Eesti_Vabariigi_Tartu_Ulikool, lk 45
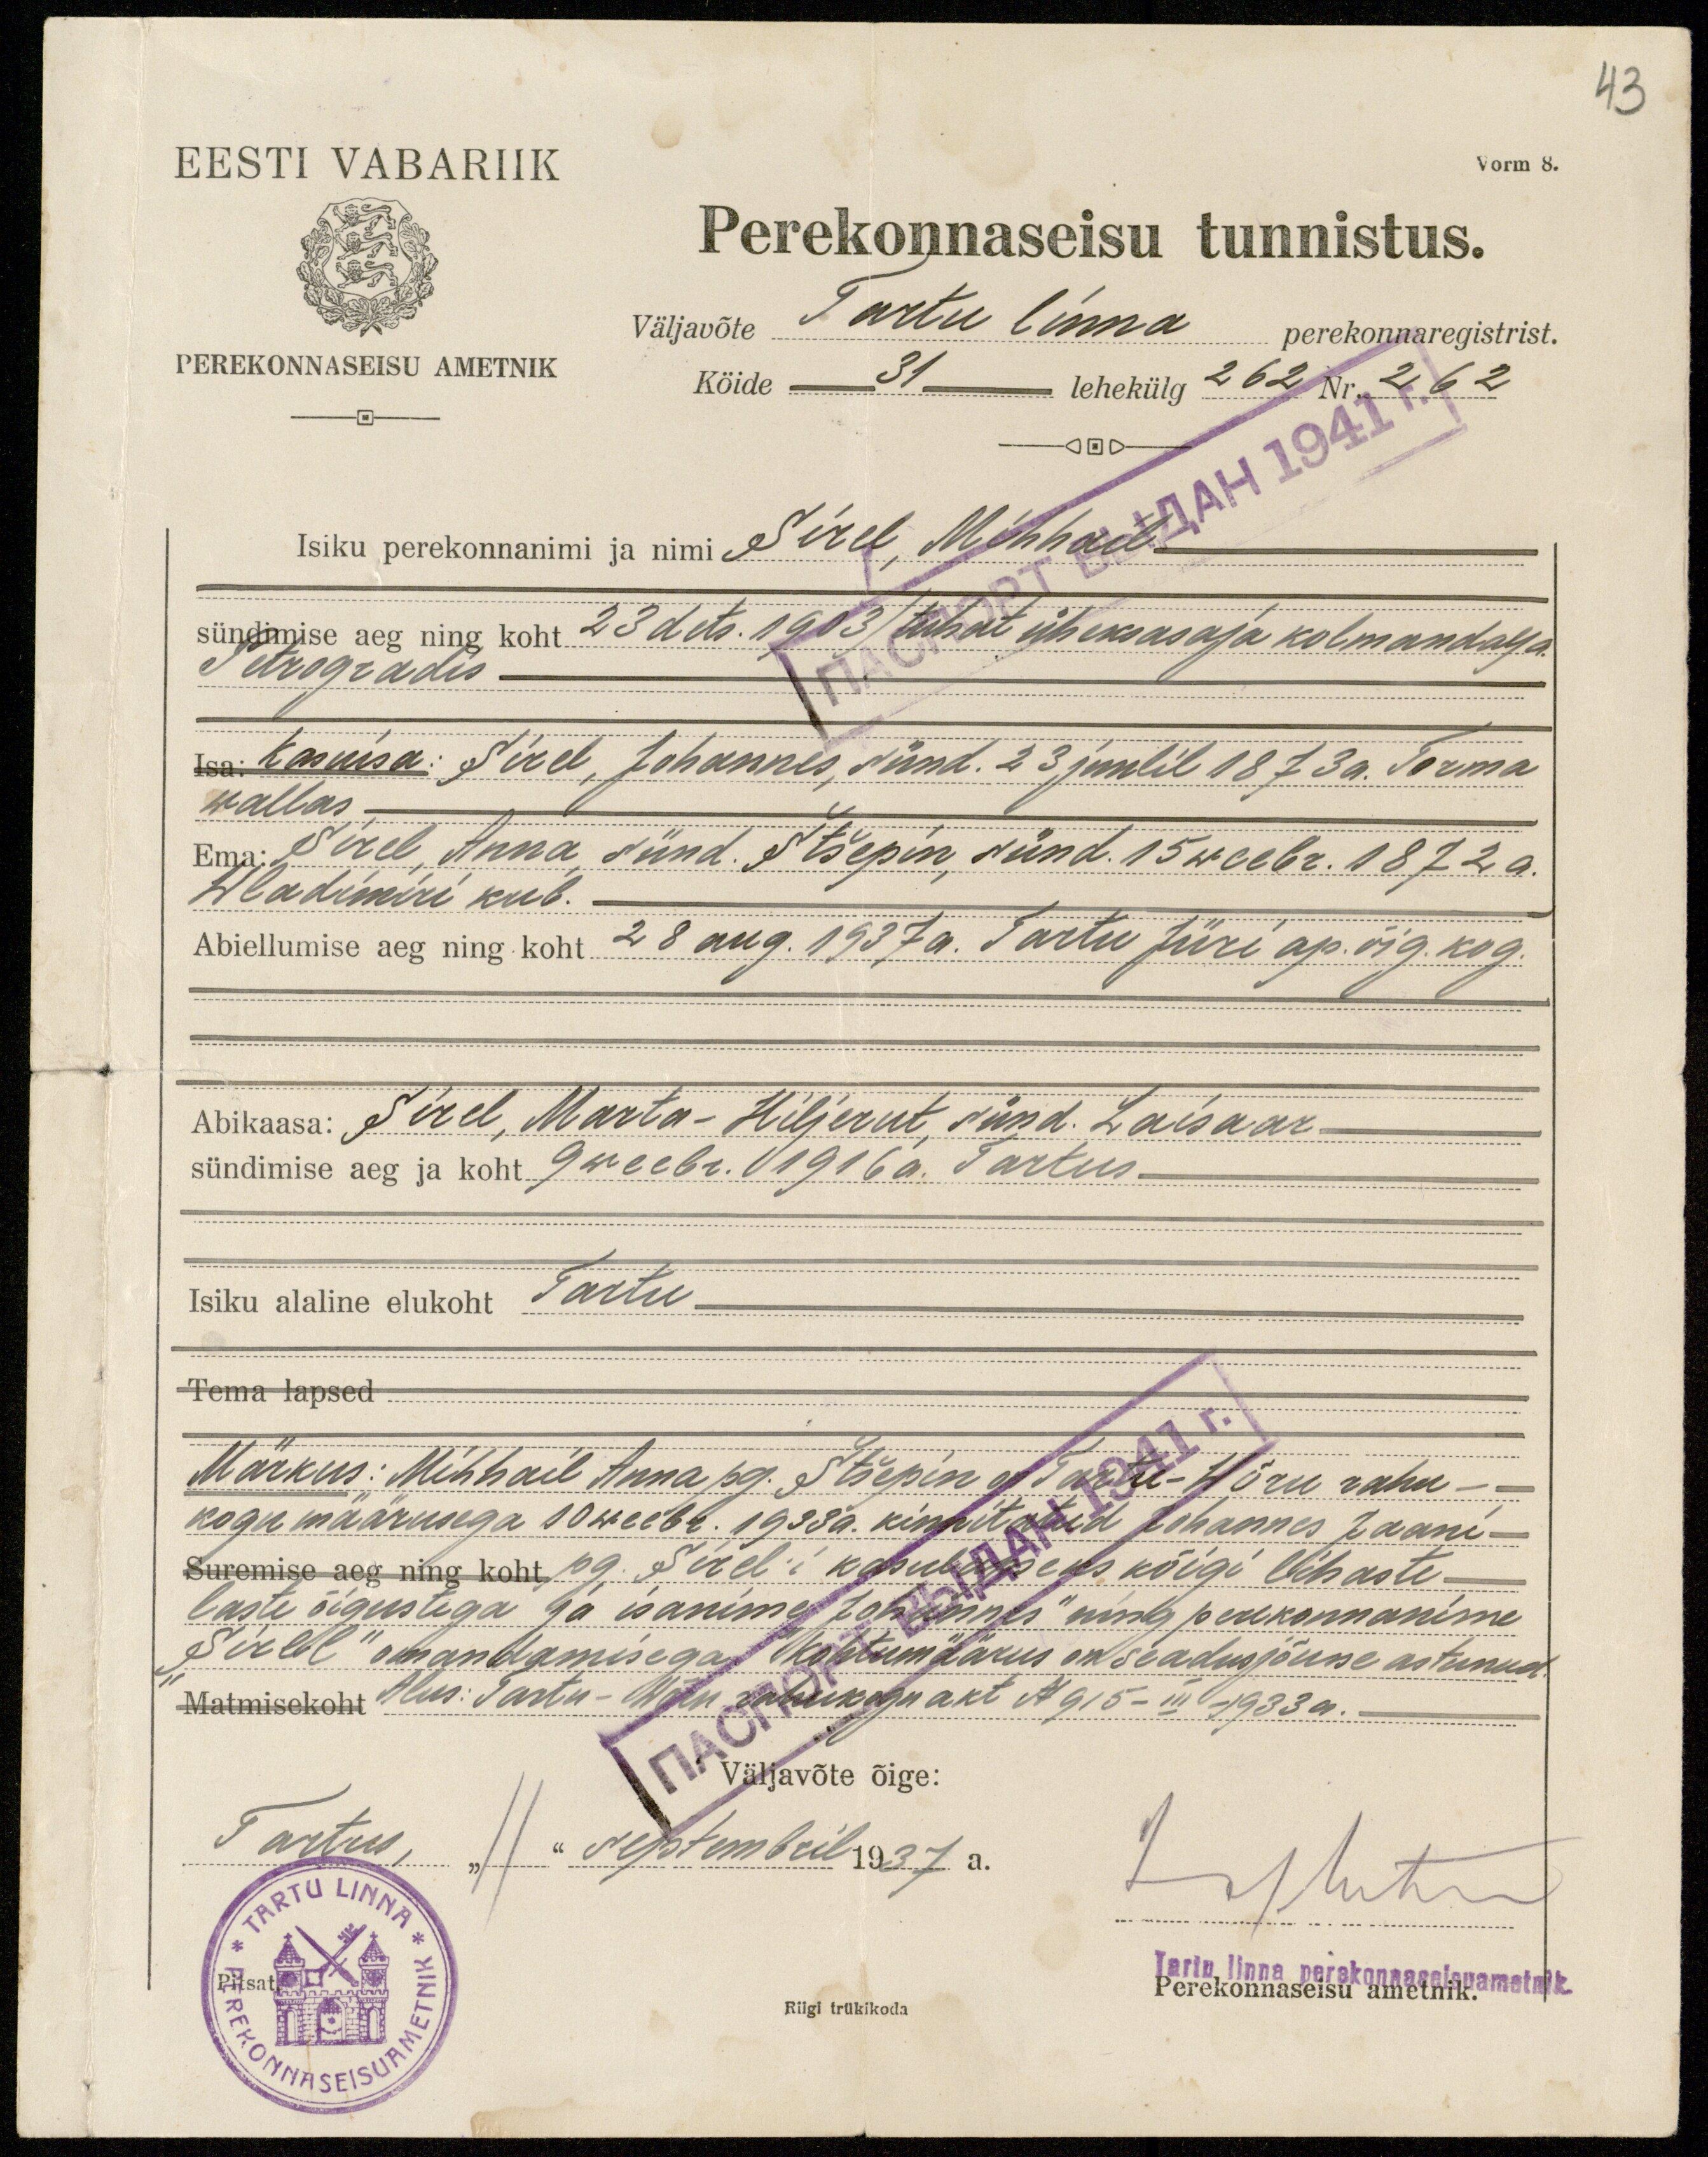
43
Vorm 8.
EESTI VABARIIK
PEREKONNASEISU AMETNIK
Perekonnaseisu tunnistus.
väljavõte Tartu linna perekonnaregistrist.
Köide 31 lehekülg 262 Nr. 262
Isiku perekonnanimi ja nimi Sirel, Mihhail
sündimise aeg ning koht 23 dets. 1903 /tuhat üheksasaja kolmandal/ a.
Petrogradis
Isa: Kasuisa: Sirel, Johannes, sünd. 23 juulil 1873 a. Torma
wallas.
Ema: Sirel, Anna, sünd.  Štšepin, sünd. 15 weebr. 1872 a.
Wladimiri kub.
Abiellumise aeg ning koht 28 aug. 1937 a. Tartu Jüri ap. õig. kog.
Abikaasa: Sirel, Marta-Hiljerut, sünd. Laisaar
sündimise aeg ja koht 9 weebr. 1916 a. Tartus
Isiku alaline elukoht Tartu
Tema lapsed.
Märkus: Mihhail Anna pg. Štšepin on Tartu-Wõru rahu-
kogu määrusega 10 weebr. 1933 a. kinnitatud Johannes Jaani-
Suremise aeg ning koht pg. Sirel'i kasulapseks kõigi lihaste
laste õigustega ja isanimel "Johannes" ning perekonnanime
"Sirel" omandamisega kohtumäärus on seadusjõusse astunud.
Matmisekoht Alus: Tartu-Wõru rahukogu akt N 915-III-1933 a.
Väljavõte õige:
Tartus, "11" septembril 1937 a.
Loslut
Tartu linna perekonnaseisuametnik.
Riigi trükikoda
Perekonnaseisu ametnik.